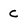
Character: C